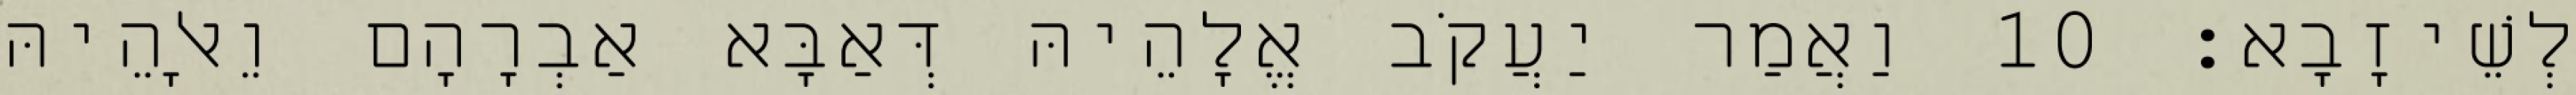
לְשֵׁיזָבָא׃ 10 וַאֲמַר יַעֲקֹב אֱלָהֵיהּ דְּאַבָּא אַבְרָהָם וֵאלָהֵיהּ